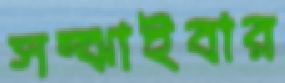
সম্‌ঝাইবার